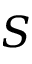
S